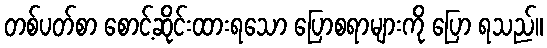
တစ်ပတ်စာ စောင့်ဆိုင်းထားရသော ပြောစရာများကို ပြော ရသည်။